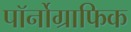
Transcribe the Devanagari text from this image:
पॉर्नोग्राफिक